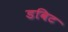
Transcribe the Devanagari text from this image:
डविट